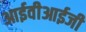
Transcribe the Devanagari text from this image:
आईवीआईजी